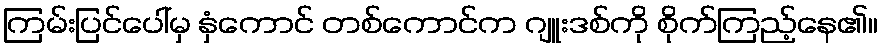
ကြမ်းပြင်ပေါ်မှ နှံကောင် တစ်ကောင်က ဂျူးဒစ်ကို စိုက်ကြည့်နေ၏။